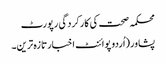
محکمہ صحت کی کارکردگی رپورٹ
پشاور(اُردو پوائنٹ اخبارتازہ ترین۔